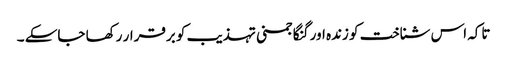
تاکہ اس شناخت کو زندہ اور گنگا جمنی تہذیب کو برقرار رکھا جاسکے ۔